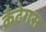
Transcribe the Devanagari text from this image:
क्रैटेगस